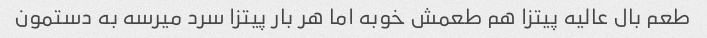
طعم بال عالیه پیتزا هم طعمش خوبه اما هر بار پیتزا سرد میرسه به دستمون